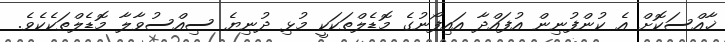
ޚާއްސަކޮށް އެ ކުންފުނިން އުފައްދާ އައިފޯނުގެ މޮޑެލްތަކަކީ މުޅި ދުނިޔެ ސިއްސުވާލާ މޮޑެލްތަކެކެވެ.